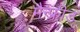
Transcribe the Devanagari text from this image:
मैन्फ्रीड